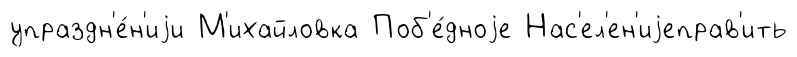
упраздн'е́н'иjи М'ихайловка Поб'е́дноjе Нас'ел'ен'иjеправ'ить